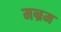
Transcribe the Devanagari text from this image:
मन्रम